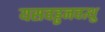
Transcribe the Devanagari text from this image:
यसवड्ढनवत्थु